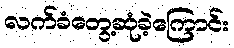
လက်ခံတွေ့ဆုံခဲ့ကြောင်း